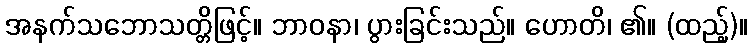
အနက်သဘောသတ္တိဖြင့်။ ဘာဝနာ၊ ပွားခြင်းသည်။ ဟောတိ၊ ၏။ (ထည့်)။